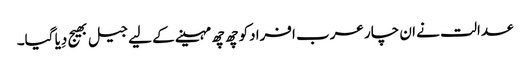
عدالت نے ان چار عرب افرادکو چھ چھ مہینے کے لیے جیل بھیج دِیا گیا۔